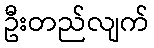
ဦးတည်လျက်